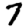
Digit: 7